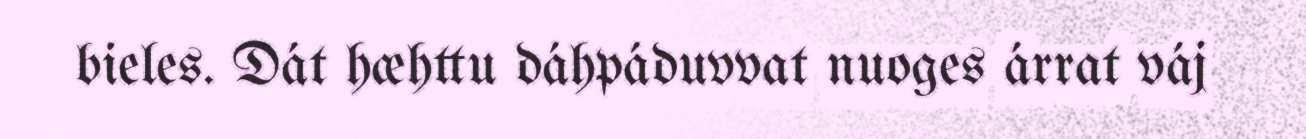
bieles. Dát hæhttu dáhpáduvvat nuoges árrat váj